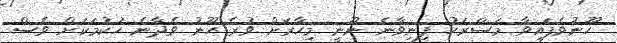
ހޫނުވެފައިވާ މަސްރަހު ފިނިވާނެ ނޫނީ މިހާރަށް ވުރެ ހޫނު ވެދާނެ ހުކުމަކަށް ވެސް